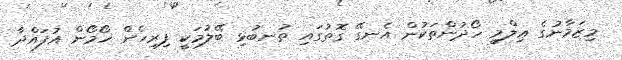
މިޒަމާނުގެ ޢިލްމީ ހޯދުންތަކުން އެނގޭ ގޮތުގައި ތުނބުޅި ބޭލުމަކީ ފިރިހެން ހޯމޯން އުފައްދާ